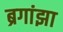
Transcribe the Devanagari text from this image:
ब्रगांझा